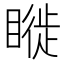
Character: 𥊂